Development of the Leishman-Donovan parasite in Cimex rotundatus - Number 31
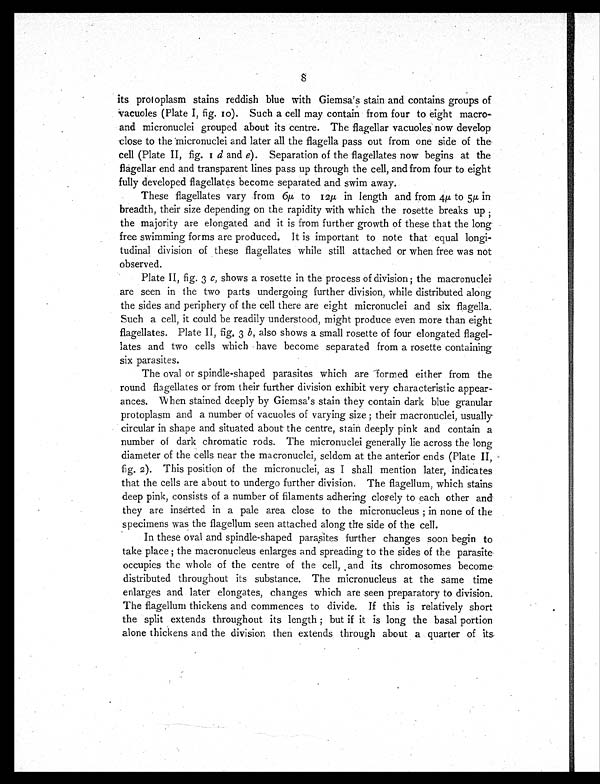
its protoplasm stains reddish blue with Giemsa's stain and contains groups of
vacuoles (Plate I, fig. 10). Such a cell may contain from four to eight macro-
and micronuclei grouped about its centre. The flagellar vacuoles now develop
close to the micronuclei and later all the flagella pass out from one side of the
cell (Plate II, fig. 1d a n d
e ) . S e p a r a t i o n o f t h e f l a g e l l a t e s n o w b e g i n s a t t h e
flagellar end and transparent lines pass up through the cell, and from four to eight
fully developed flagellates become separated and swim away.
These flagellates vary from 6µ to 12µ in length and from 4µ to 5µ in
breadth, their size depending on the rapidity with which the rosette breaks up;
the majority are elongated and it is from further growth of these that the long
free swimming forms are produced. It is important to note that equal longi--
tudinal division of these flagellates while still attached or when free was not
observed.
Plate II, fig. 3 c, shows a rosette in the process of division; the micronuclei
are seen in the two parts undergoing further division, while distributed along
the sides and periphery of the cell there are eight micronuclei and six flagella.
Such a cell, it could be readily understood, might produce even more than eight
flagellates. Plate II, fig. 3 b , also shows a small rosette of four elongated flagel-
lates and two cells which have become separated from a rosette containing
six parasites.
The oval or spindle-shaped parasites which are formed either from the
round flagellates or from their further division exhibit very characteristic appear-
ances. W hen stained deeply by Giemsa's stain they contain dark blue granular
protoplasm and a number of vacuoles of varying size; their macronuclei, usually
circular in shape and situated about the centre, stain deeply pink and contain a
number of dark chromatic rods. The micronuclei generally lie across the long
diameter of the cells near the macronuclei, seldom at the anterior ends (Plate II,
fig. 2). This position of the micronuclei, as I shall mention later, indicates
that the cells are about to undergo further division. The flagellum, which stains
deep pink, consists of a number of filaments adhering closely to each other and
they are inserted in a pale area close to the micronucleus; in none of the
specimens was the flagellum seen attached along the side of the cell.
In these oval and spindle-shaped parasites further changes soon begin to
take place; the macronucleus enlarges and spreading to the sides of the parasite
occupies the whole of the centre of the cell, and its chromosomes become
distributed throughout its substance. The micronucleus at the same time
enlarges and later elongates, changes which are seen preparatory to division.
The flagellum thickens and commences to divide. If this is relatively short
the split extends throughout its length; but if it is long the basal portion
alone thickens and the division then extends through about a quarter of its